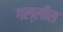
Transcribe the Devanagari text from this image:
गल्लीस